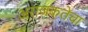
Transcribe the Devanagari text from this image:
अराजकतेचा